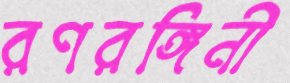
রণরঙ্গিনী